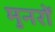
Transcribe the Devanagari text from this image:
मुनरों